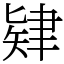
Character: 肄